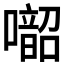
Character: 𱕑